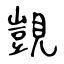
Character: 覬